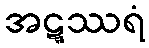
အဋ္ဋဿရံ